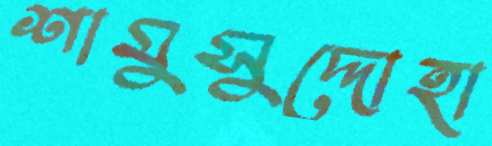
শামুসুদ্দোহা